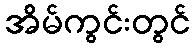
အိမ်ကွင်းတွင်